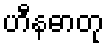
ဟီနဓာတု